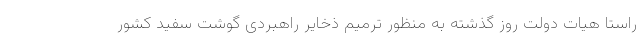
راستا هیات دولت روز گذشته به منظور ترمیم ذخایر راهبردی گوشت سفید کشور